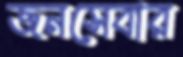
জনসেবার